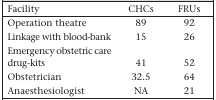
<table><thead><tr><td><b>Facility</b></td><td><b>CHCs</b></td><td><b>FRUs</b></td></tr></thead><tbody><tr><td>Operation theatre</td><td>89</td><td>92</td></tr><tr><td>Linkage with blood-bank</td><td>15</td><td>26</td></tr><tr><td>Emergency obstetric care drug-kits</td><td>41</td><td>52</td></tr><tr><td>Obstetrician</td><td>32.5</td><td>64</td></tr><tr><td>Anaesthesiologist</td><td>NA</td><td>21</td></tr></tbody></table>